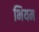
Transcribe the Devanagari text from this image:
भियम